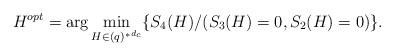
LaTeX: \begin{align*}H^{opt} = \arg \min_{H \in {(q)^*}^{d_c}} \{ S_4(H) / (S_3(H) = 0, S_2(H) = 0) \}.\end{align*}